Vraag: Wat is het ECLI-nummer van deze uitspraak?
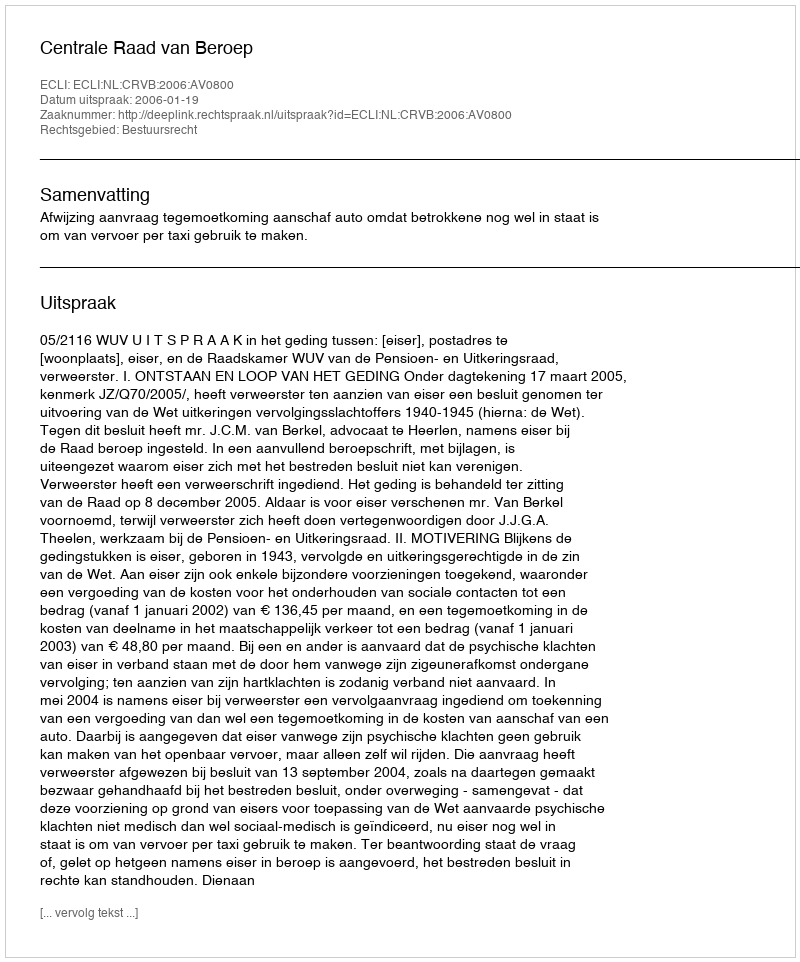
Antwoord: ECLI:NL:CRVB:2006:AV0800